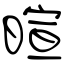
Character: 暄